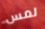
لمس